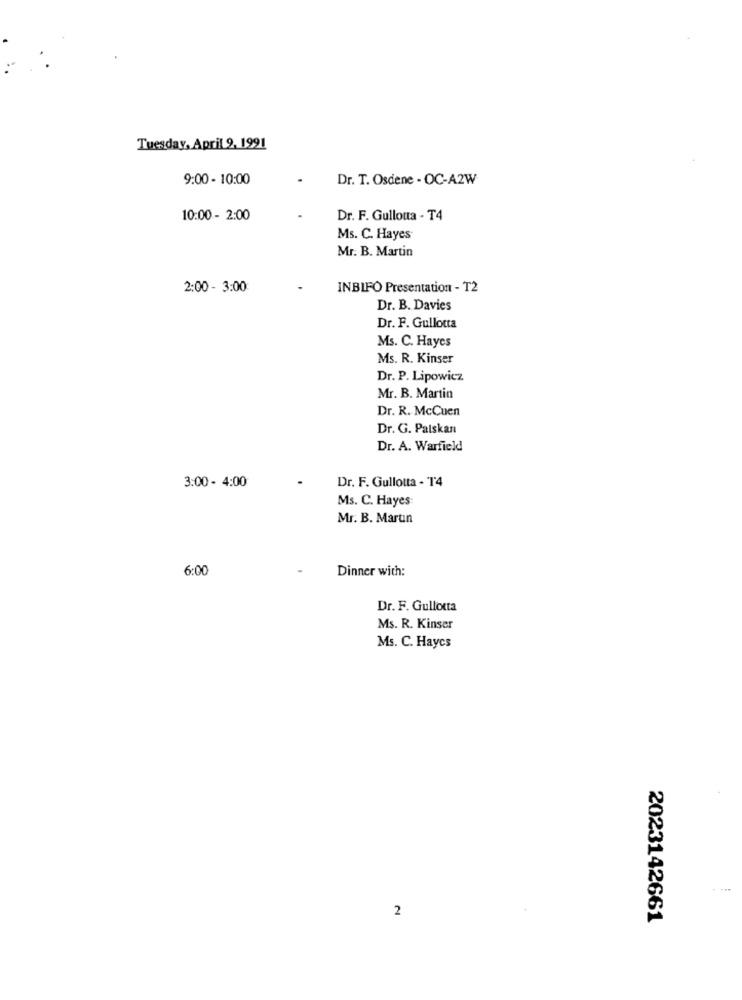
Tuesday, April 9, 1991
9:00 - 10:00
Dr. T. Osdene - OC-A2W
10:00 - 2:00
Dr. F. Gulloua - T4
Ms. C. Hayes
Mr. B. Martin
2:00 - 3:00
INBIFO Presentation - T2
Dr. B. Davies
Dr. F. Gullotta
Ms. C. Hayes
Ms. R. Kinser
Dr. P. Lipowicz
Mr. B. Martin
Dr. R. McCuen
Dr. G. Palskan
Dr. A. Warfield
Dr. F. Gullotta - T4
3:00 - 4:00
Ms. C. Hayes:
Mr. B. Marun
6:00
-
Dinner with:
Dr. F. Gullotta
Ms. R. Kinser
Ms. C. Haycs
2
2023142661